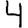
Digit: 4